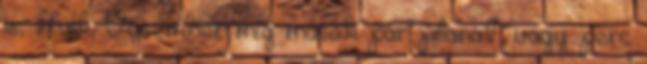
is, Hulk, Vasember míg mások pár pillanat, vagy perc